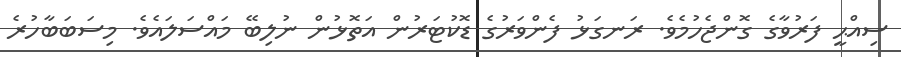
ސިއްޙީ ފަރުވާގެ ގޮންޖެހުމެވެ. ރަނގަޅު ފެންވަރުގެ ޑޮކުޓަރުން އަތޮޅުން ނުލިބޭ މައްސަލައެވެ. މިސަބަބާހުރެ